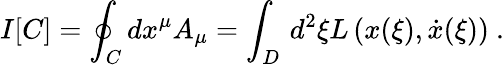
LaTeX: I[C]=\oint_{C}dx^{\mu}A_{\mu}=\int_{D}\, d^{2}{\xi}L\left(x({\xi}),\dot{x}({\xi})\right)\ .